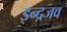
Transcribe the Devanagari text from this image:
इन्द्रजव